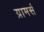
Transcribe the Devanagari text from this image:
ग्रामर्स